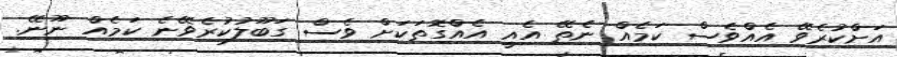
އަށްކުރެވޭ އެއްވެސް ކަމެއް ނެތޭ އެއީ އެއްގޮތަކަށް ވެސް ގަބޫލުކުރެވޭނެ ކަމެއް ނޫނޭ.